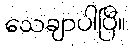
သေချာပါပြီ။